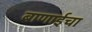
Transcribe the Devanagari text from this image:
बाणाईचा